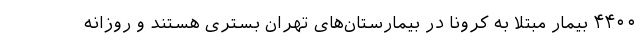
۴۴۰۰ بیمار مبتلا به کرونا در بیمارستان‌های تهران بستری هستند و روزانه